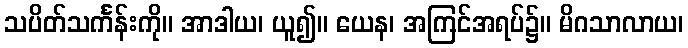
သပိတ်သင်္ကန်းကို။ အာဒါယ၊ ယူ၍။ ယေန၊ အကြင်အရပ်၌။ မိဂသာလာယ၊